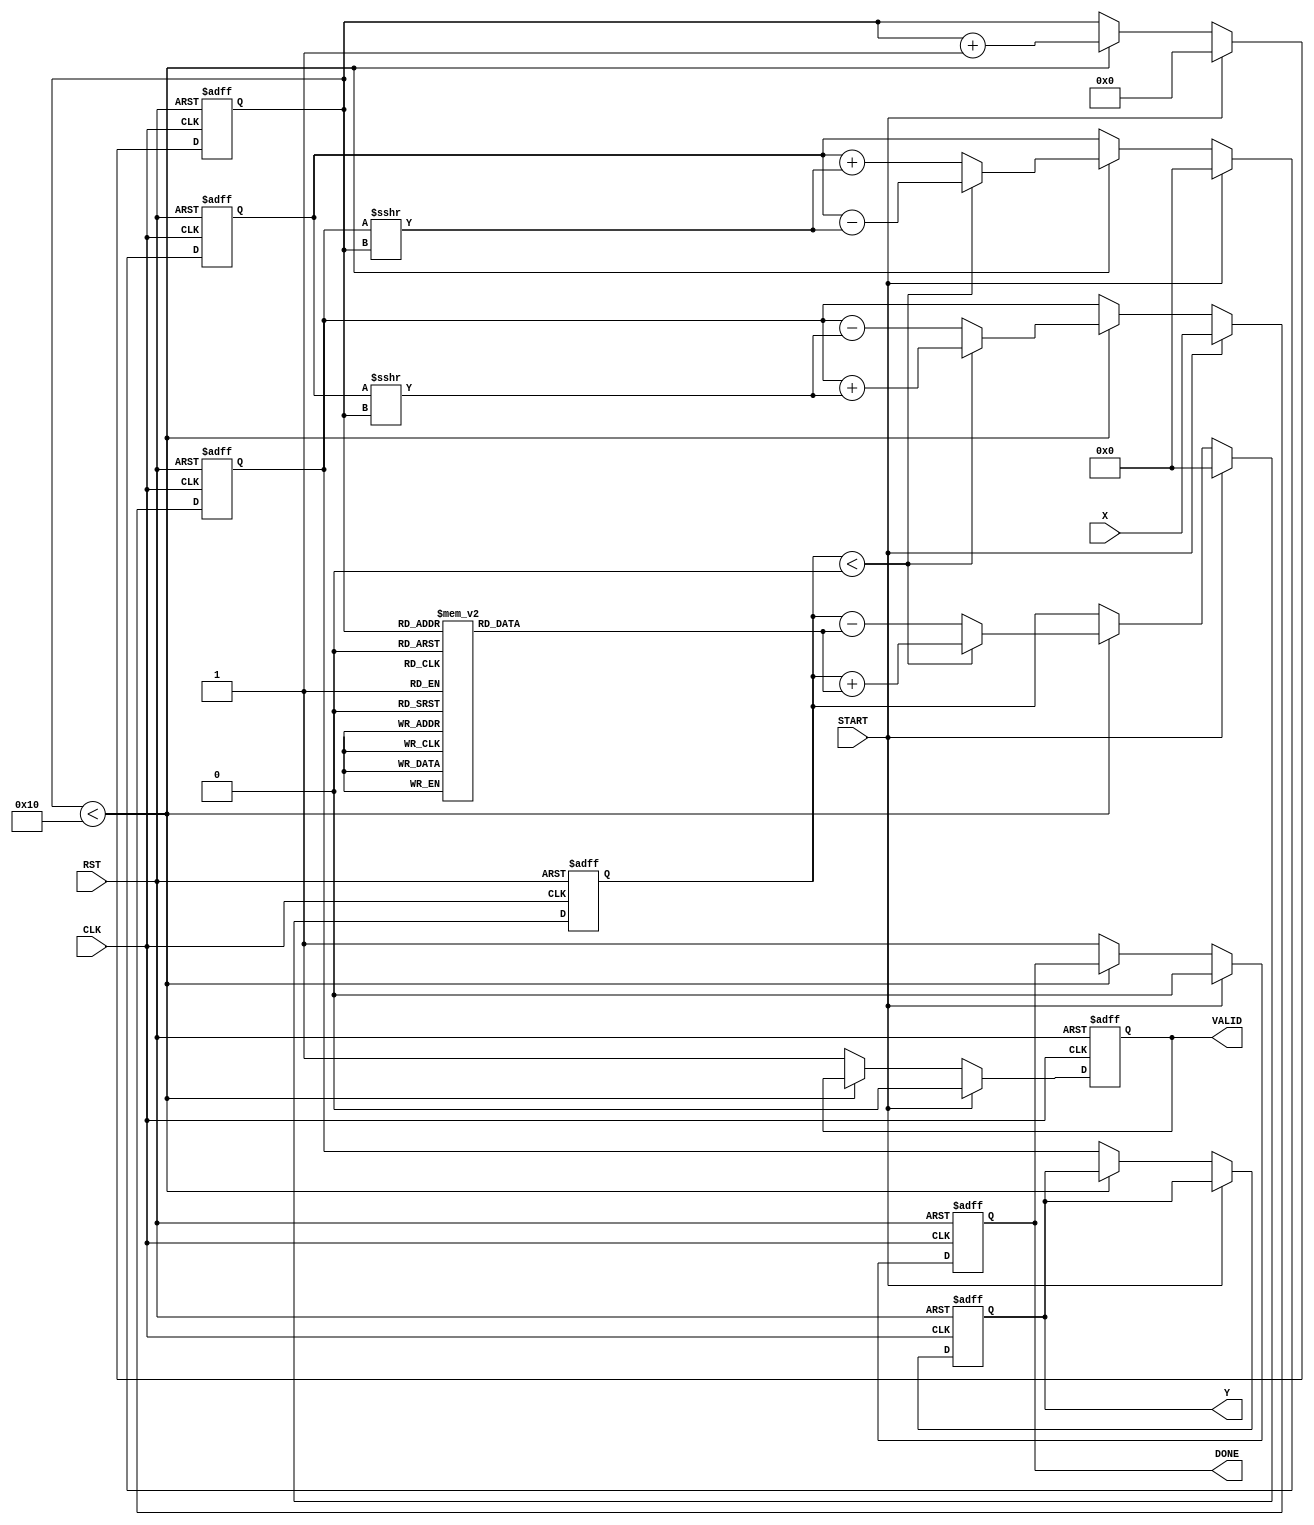
module cordic_reciprocal (
    input wire [15:0] X,         // Input fixed-point value
    input wire START,            // Start signal
    input wire CLK,              // Clock signal
    input wire RST,              // Reset signal
    output reg [15:0] Y,         // Reciprocal value
    output reg VALID,            // Valid signal
    output reg DONE              // Done signal
);

    // Parameters
    parameter NUM_ITERATIONS = 16;  // Number of CORDIC iterations
    parameter ANGLE_TABLE_SIZE = 16; // Size of the angle lookup table

    // Angle lookup table for CORDIC
    reg [15:0] angle_table [0:ANGLE_TABLE_SIZE-1];
    initial begin
        angle_table[0] = 16'hC90F; // atan(1/2^0)
        angle_table[1] = 16'hC1A6; // atan(1/2^1)
        angle_table[2] = 16'hB9E8; // atan(1/2^2)
        angle_table[3] = 16'hB2D8; // atan(1/2^3)
        angle_table[4] = 16'hAC11; // atan(1/2^4)
        angle_table[5] = 16'hA619; // atan(1/2^5)
        angle_table[6] = 16'hA2D3; // atan(1/2^6)
        angle_table[7] = 16'hA1B4; // atan(1/2^7)
        angle_table[8] = 16'hA09C; // atan(1/2^8)
        angle_table[9] = 16'hA010; // atan(1/2^9)
        angle_table[10] = 16'h9F65; // atan(1/2^10)
        angle_table[11] = 16'h9ED7; // atan(1/2^11)
        angle_table[12] = 16'h9E4F; // atan(1/2^12)
        angle_table[13] = 16'h9DCE; // atan(1/2^13)
        angle_table[14] = 16'h9D54; // atan(1/2^14)
        angle_table[15] = 16'h9CDB; // atan(1/2^15)
    end

    // Internal registers
    reg [15:0] z;                // Current angle
    reg [15:0] x_acc;            // Accumulated value for x
    reg [15:0] y_acc;            // Accumulated value for y
    reg [3:0] iteration;         // Iteration counter
    reg direction;               // Rotation direction

    // State machine for processing
    always @(posedge CLK or posedge RST) begin
        if (RST) begin
            Y <= 0;
            VALID <= 0;
            DONE <= 0;
            x_acc <= 0;
            y_acc <= 0;
            z <= 0;
            iteration <= 0;
        end else if (START) begin
            // Initialization
            x_acc <= X;          // Load input value
            y_acc <= 16'h0000;   // Initialize y accumulator
            z <= 16'h0000;       // Initialize angle
            iteration <= 0;      // Reset iteration counter
            VALID <= 0;          // Reset valid signal
            DONE <= 0;           // Reset done signal
        end else if (iteration < NUM_ITERATIONS) begin
            // CORDIC Iteration Step
            if (z < 0) begin
                // Rotate clockwise
                x_acc <= x_acc + (y_acc >>> iteration); 
                y_acc <= y_acc - (x_acc >>> iteration);
                z <= z + angle_table[iteration];
            end else begin
                // Rotate counter-clockwise
                x_acc <= x_acc - (y_acc >>> iteration);
                y_acc <= y_acc + (x_acc >>> iteration);
                z <= z - angle_table[iteration];
            end
            iteration <= iteration + 1;
        end else begin
            // Process Completion
            Y <= x_acc;          // Final reciprocal value
            VALID <= 1;          // Set valid signal
            DONE <= 1;           // Set done signal
        end
    end

endmodule